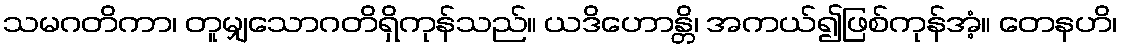
သမဂတိကာ၊ တူမျှသောဂတိရှိကုန်သည်။ ယဒိဟောန္တိ၊ အကယ်၍ဖြစ်ကုန်အံ့။ တေနဟိ၊